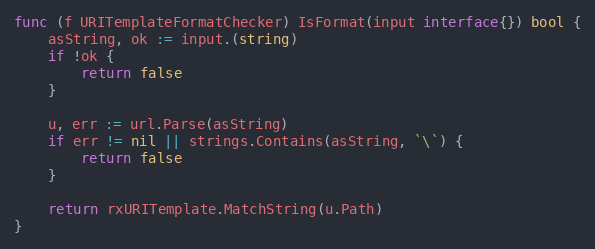
Language: Go
func (f URITemplateFormatChecker) IsFormat(input interface{}) bool {
	asString, ok := input.(string)
	if !ok {
		return false
	}

	u, err := url.Parse(asString)
	if err != nil || strings.Contains(asString, `\`) {
		return false
	}

	return rxURITemplate.MatchString(u.Path)
}